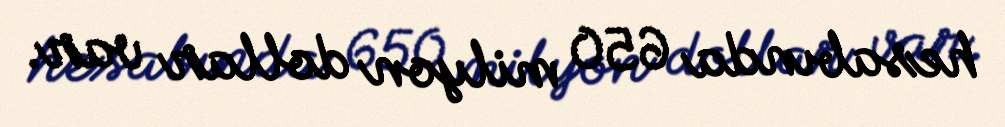
hesabında 650 milyon dollar var.